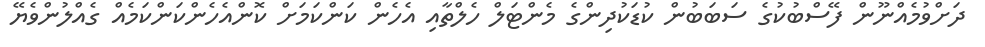
ދަށްވުމެއްނޫން ފޭސްބުކުގެ ސަބަބުން ކުޑަކުދިންގެ މެންޓަލް ހެލްތާއި އެހެން ކަންކަމަށް ކޮންއެހެންކަންކަމެއް ގެއްލުންވެޔޭ